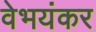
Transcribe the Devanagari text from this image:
वेभयंकर